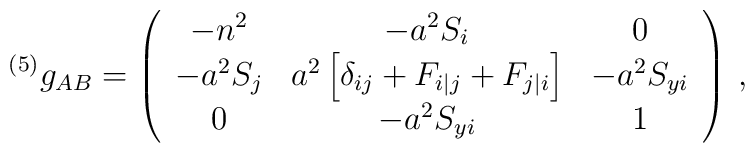
{}^{(5)}g_{AB}= \left(\begin{array}{ccc}-n^2 & -a^2S_i & 0 \nonumber\\-a^2S_j &a^2\left[ \delta_{ij} + F_{i|j} + F_{j|i}\right] & -a^2S_{yi} \nonumber\\0 & -a^2S_{yi} & 1 \nonumber\end{array}\right) \,,